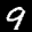
Label: 9